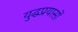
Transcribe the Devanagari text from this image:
युद्धप्रयासों